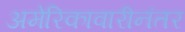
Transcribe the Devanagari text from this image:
अमेरिकावारीनंतर